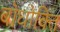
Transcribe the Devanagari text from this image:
बोधोक्ति